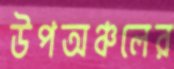
উপঅঞ্চলের